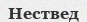
Нествед